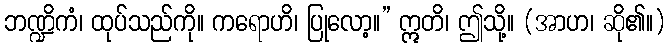
ဘဏ္ဍိကံ၊ ထုပ်သည်ကို။ ကရောဟိ၊ ပြုလော့။” ဣတိ၊ ဤသို့။ (အာဟ၊ ဆို၏။)